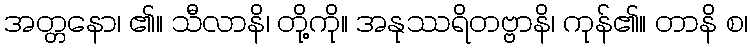
အတ္တနော၊ ၏။ သီလာနိ၊ တို့ကို။ အနုဿရိတဗ္ဗာနိ၊ ကုန်၏။ တာနိ စ၊